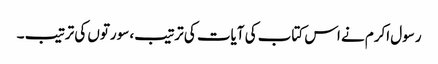
رسول اکرم نے اس کتاب کی آیات کی ترتیب، سورتوں کی ترتیب ۔